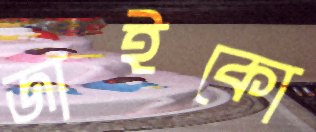
জাইকো